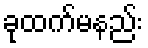
ခုထက်မနည်း